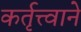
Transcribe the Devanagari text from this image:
कर्तृत्त्वाने